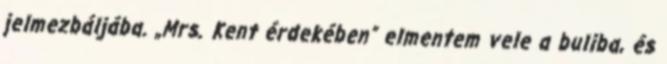
jelmezbáljába. „Mrs. Kent érdekében” elmentem vele a buliba, és